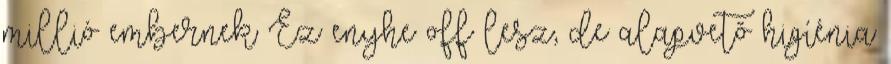
millió embernek Ez enyhe off lesz, de alapvetõ higíénia